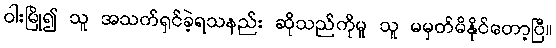
ဝါးမြို၍ သူ အသက်ရှင်ခဲ့ရသနည်း ဆိုသည်ကိုမူ သူ မမှတ်မိနိုင်တော့ပြီ။